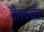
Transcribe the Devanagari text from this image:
येतपर्यंत